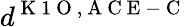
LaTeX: d^{\mathrm{~K~1~O~},\mathrm{~A~C~E~-~C~}}